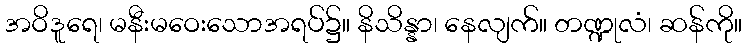
အဝိဒူရေ၊ မနီးမဝေးသောအရပ်၌။ နိသိန္နာ၊ နေလျက်။ တဏ္ဍုလံ၊ ဆန်ကို။